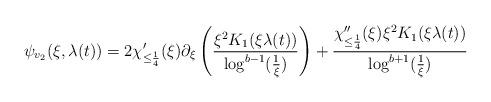
LaTeX: \begin{align*} \psi_{v_{2}}(\xi,\lambda(t)) = 2 \chi_{\leq \frac{1}{4}}'(\xi) \partial_{\xi} \left(\frac{\xi^{2}K_{1}(\xi \lambda(t))}{\log^{b-1}(\frac{1}{\xi})}\right) + \frac{\chi_{\leq \frac{1}{4}}''(\xi) \xi^{2}K_{1}(\xi\lambda(t))}{\log^{b+1}(\frac{1}{\xi})}\end{align*}